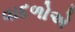
વાદળોએ